Civil Veterinary Dept. Bombay admin report 1900-1906 - 1900-1906
Year: 1900
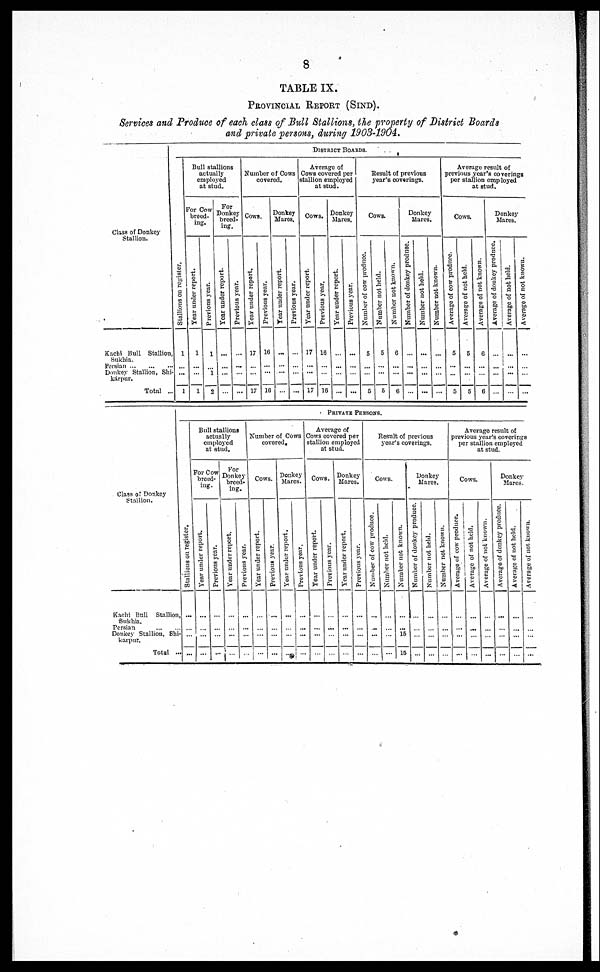
8
TABLE IX.
PROVINCIAL REPORT (SIND).
Services and Produce of each class of Bull Stallions, the property of District Boards
and private persons, during 1903-1904.
Class of Donkey
Stallion.
Kachi Bull Stallion
Sukhia.
Persian
...
...
...
Donkey Stallion, Shi
karpur.
Total ...
DISTRICT BOARDS.
Stallions on register.
1
... ...
1
Bull stallions
actually
employed
at stud.
For Cow-
breed-
ing.
Year under report.
1
... ...
1
Previous year.
1
...
i
2
For
Donkey
breed-
ing.
Year under report.
...
... ... |
...
Previous year.
...
...
...
...
Number of Cows
covered.
Cows
Year under report.
17
... ...
17
Previous year.
16
... ...
16
Donkey
Mares.
Year under report.
...
... ...
...
I Previous year.
...
... ...
...
Average of
Cows covered per
stallion employed
at stud.
Cows.
Year under report.
17
... ....
17
Previous year.
16
... ...
16
Donkey
Mares.
Year under report.
...
...
...
...
Previous year.
...
... ...
...
Result of previous
year's coverings.
Cows.
Number of cow produce.
5
... ...
5
Number not held.
5
... ...
5
Number not known.
6
... ...
6
Donkey
Mares
Number of donkey produce.
...
...
...
...
Number not held.
...
... ...
...
Number not known.
...
... ...
...
Average result of
previous year's coverings
per stallion employed
at stud.
Cows.
Average of cow produce.
5
...
...
5
Average of not held.
5
...
...
5
Average of not known.
0
... ...
6
Donkey
Mares.
Average of donkey produce.
...
... ...
...
Average of not held.
...
... ...
...
Average
of not known.
...
... ...
...
Class of Donkey
Stallion.
Kachi Bull Stallion
Sukhia.
Persian
...
...
Donkey Stallion, Shi
karpur.
Total ...
PRIVATE PERSONS.
Stalions on register.
...
... ...
...
Bull stallions
actually
employed
at stud.
For Cow
breed-
ing.
Year under report.
...
... ...
...
Previous year.
...
... ...
...
For
Donkey
breed-
ing.
Year under report.
...
... ...
...
Previous year.
...
... ...
...
Number of Cows
covered,
Cows.
Year under report.
...
... ...
...
Previous year.
...
... ...
...
Donkey
Marcs.
Year under report.
...
... ...
...
Previous year.
...
... ...
...
Average of
Cows covered per
Stallion employed
at stud.
Cows.
Year under report.
...
... ...
...
Previous year.
...
...
...
...
Donkey
Mares.
Year under report.
...
... ...
...
Previous year.
...
... ...
...
Result of previous
year's coverings.
Cows.
Number of cow produce.
...
... ...
...
Number not held.
...
... ...
...
Number not known.
...
... 15
15
Donkey
Mares
Number of donkey produce.
....
... ...
...
Number not held.
...
... ...
...
Number not known.
...
... ...
...
Average result of
previous year's coverings
per stallion employed
at stud.
Cows.
Average of cow produce.
...
... ...
...
Average of not held.
...
...
...
...
Average of not known.
...
... ...
...
Donkey
Mares
Average of donkey produce.
...
... ...
...
Average of not held.
...
... ...
...
Average of not known.
...
... ...
...